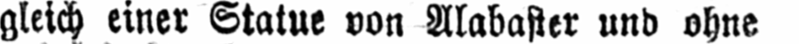
gleich einer Statue von Alabaster und ohne